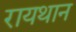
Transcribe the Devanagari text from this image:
रायथान